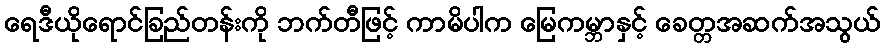
ရေဒီယိုရောင်ခြည်တန်းကို ဘက်တီဖြင့် ကာမိပါက မြေကမ္ဘာနှင့် ခေတ္တအဆက်အသွယ်